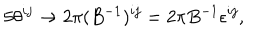
5 \theta ^ { i j } \to 2 \pi ( B ^ { - 1 } ) ^ { i j } = 2 \pi B ^ { - 1 } \epsilon ^ { i j } ,